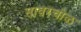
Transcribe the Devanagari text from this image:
सावरचोळ